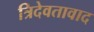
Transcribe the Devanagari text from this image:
त्रिदेवतावाद